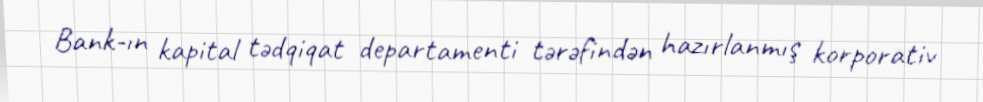
Bank-ın kapital tədqiqat departamenti tərəfindən hazırlanmış korporativ